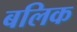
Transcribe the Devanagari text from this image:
बलिक